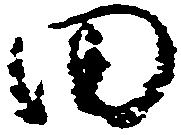
田